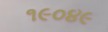
૧૯૦૪૯